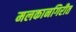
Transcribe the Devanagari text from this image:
मलकानगिरीत